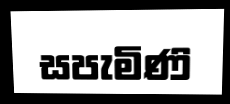
සපැමිණි